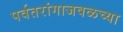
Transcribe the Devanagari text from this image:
पर्वतरांगाजवळच्या